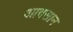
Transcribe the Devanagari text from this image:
आवसान